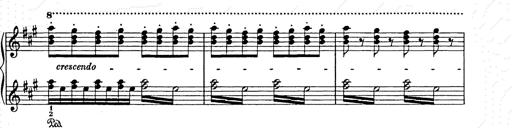
Title: Weihnachtsbaum
Composer: Franz Liszt